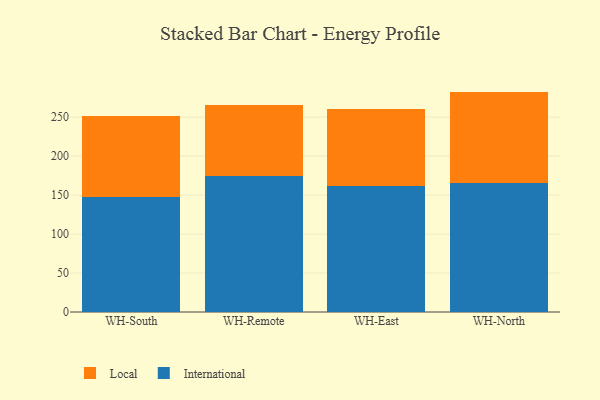
{"axis": {"x": "Warehouse", "y": "Backlog"}, "legend": ["International", "Local"], "data": [{"x": "WH-South", "y": 147.5, "type": "International"}, {"x": "WH-South", "y": 104.6, "type": "Local"}, {"x": "WH-Remote", "y": 174.7, "type": "International"}, {"x": "WH-Remote", "y": 90.3, "type": "Local"}, {"x": "WH-East", "y": 161.7, "type": "International"}, {"x": "WH-East", "y": 98.3, "type": "Local"}, {"x": "WH-North", "y": 164.9, "type": "International"}, {"x": "WH-North", "y": 117.9, "type": "Local"}]}